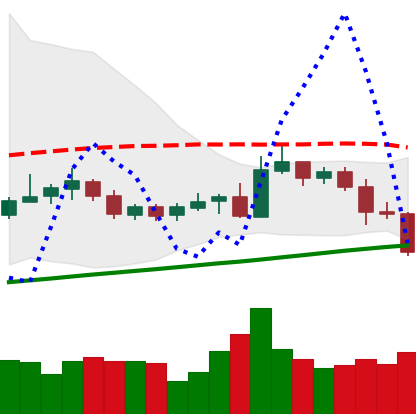
Ticker: NEO-USD
Chart end date: 2020-10-28
Forward return: -4.221%
Label: down_3_5